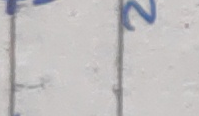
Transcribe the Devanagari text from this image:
२